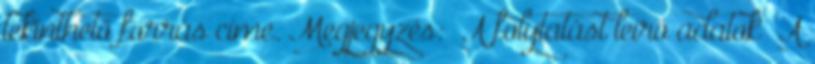
tekinthető forrás címe. Megjegyzés: A folytatást leíró adatok A